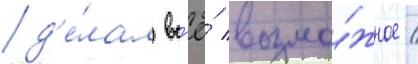
д'е́лал вс'ё́ возмо́жное /